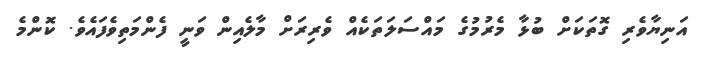
އަނިޔާވެރި ގޮތަކަށް ބުޅާ މެރުމުގެ މައްސަލަތަކެއް ވެރިރަށް މާލެއިން ވަނީ ފެންމަތިވެފައެވެ. ކޮންމެ